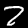
Digit: 2